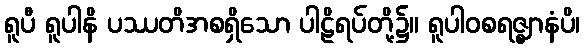
ရူပီ ရူပါနိ ပဿတိအစရှိသော ပါဠိရပ်တို့၌။ ရူပါဝစရဇ္ဈာနံပိ၊